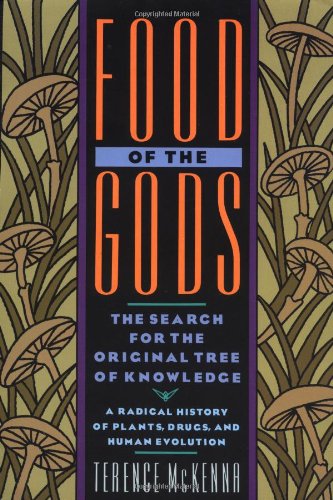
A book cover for Food of the Gods: The Search for the Original Tree of Knowledge A Radical History of Plants, Drugs, and Human Evolution; Terence McKenna; Cookbooks, Food & Wine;